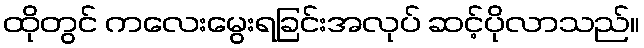
ထိုတွင် ကလေးမွေးရခြင်းအလုပ် ဆင့်ပိုလာသည်။